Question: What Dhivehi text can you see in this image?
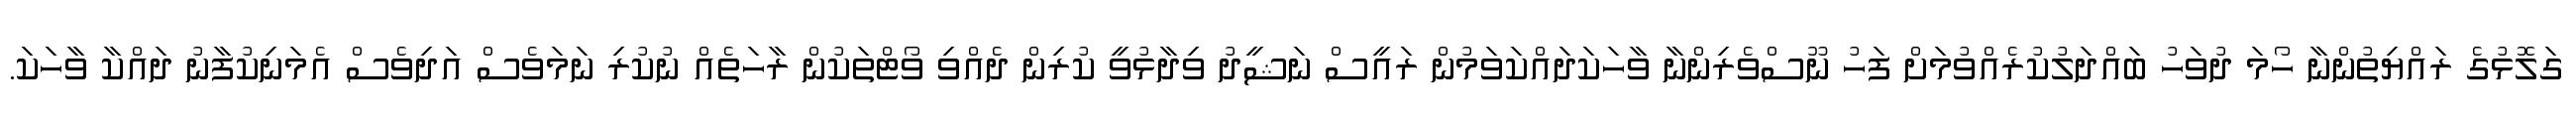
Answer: ގަލޮޅުގެ ރައްޔިތުންނާ ހޯމަ ދުވަހު ބައްދަލުކުރެއްވުމަށް ފަހު ނޫސްވެރިންނާ ވާހަކަދައްކަވަމުން ރައީސް ނަޝީދު ވިދާޅުވީ ކުރިން ދެއްވި ވޯޓްތަކުން ރާހަތެއް ނުކުރި ނަމަވެސް އަދިވެސް އެމަނިކުފާނު ދައްކާ ވާހަކަ.